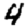
Digit: 4